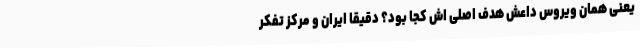
یعنی همان ویروس داعش هدف اصلی اش کجا بود؟ دقیقا ایران و مرکز تفکر